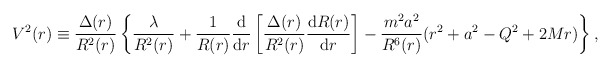
\begin{align*}V^2(r) \equiv {\Delta (r) \over R^2 (r) }\left\{ \frac{\lambda }{R^{2}(r)} + \frac{1}{R(r)} \frac{\mbox{d}}{\mbox{d} r}\left[ \frac{\Delta (r)}{R^2(r)}\frac{\mbox{d} R(r)}{\mbox{d}r} \right]- {m^2 a^2 \over R^6 (r) }(r^2 + a^2 - Q^2 + 2 M r)\right\} ,\end{align*}